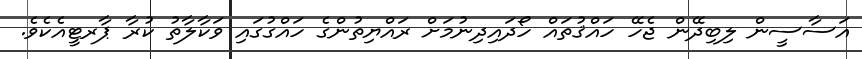
އަސާސީން ލިބިދޭން ޖެހޭ ހައްޤުތައް ހޯދައިދިނުމަށް ރައްޔިތުންގެ ހައްގުގައި ވަކާލާތު ކުރާ ޕާރޓީއެކެވެ.